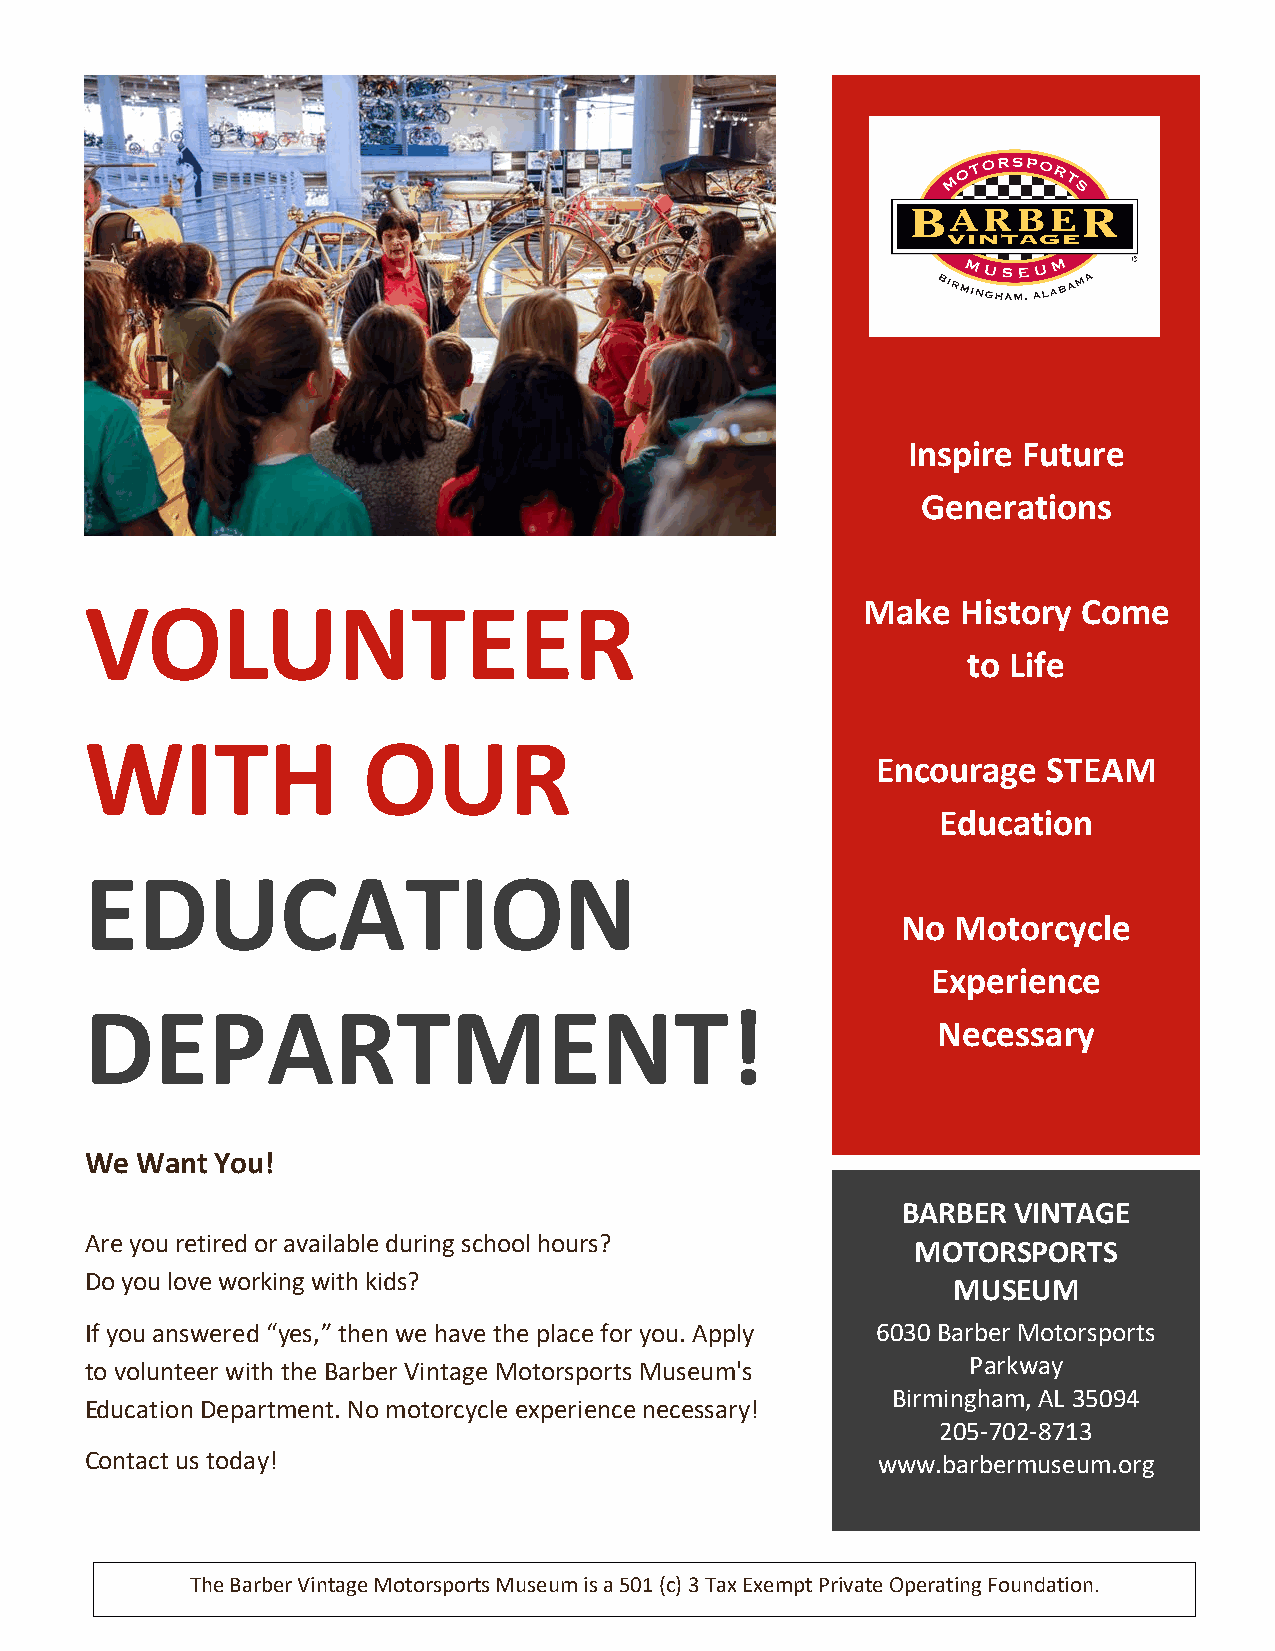
Inspire Future
 Generations
 Make   History Come
 VOLUNTEER
 to Life
 WITH              OUR
 Encourage  STEAM
 Education
 EDUCATION
 No Motorcycle
 Experience
 DEPARTMENT!
 Necessary
 We Want You!
 BARBER VINTAGE
 A re you retired or available during school hours?
 MOTORSPORTS
 D o you love working with kids?
 MUSEUM
 If you answered “yes,” then we have the place for you. Apply 6030 Barber Motorsports
 Parkway
 to volunteer with the Barber Vintage Motorsports Museum's
 Birmingham, AL 35094
 Education Department. No motorcycle experience necessary!
 205-702-8713
 Contact us today!                                   www.barbermuseum.org
 The Barber Vintage Motorsports Museum is a 501 (c) 3 Tax Exempt Private Operating Foundation.